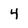
Character: 4